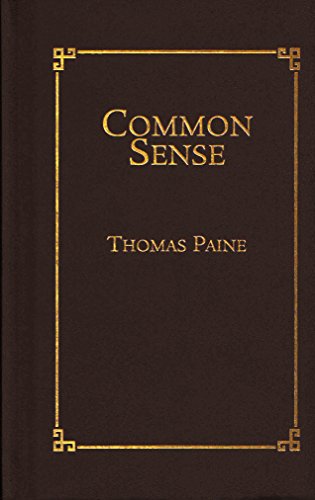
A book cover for Common Sense (Little Books of Wisdom); Thomas Paine; History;